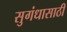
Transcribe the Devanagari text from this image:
सुगंधासाठी